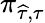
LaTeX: \pi_{\widehat{\tau},{\tau}}